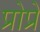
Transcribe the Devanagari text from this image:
प्रोप्रे